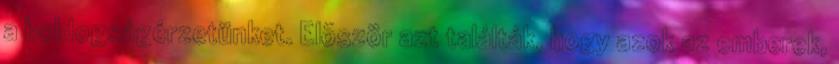
a boldogságérzetünket. Elõször azt találták, hogy azok az emberek,